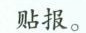
贴报。